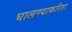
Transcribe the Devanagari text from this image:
घालण्याकरिता